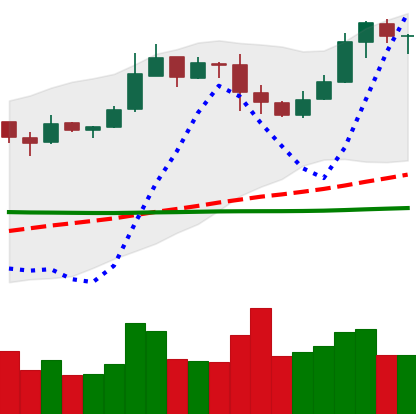
Ticker: BNB-USD
Chart end date: 2019-03-04
Forward return: 26.156%
Label: up_7plus